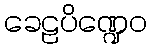
ခေဠပိဏ္ဍေဝ